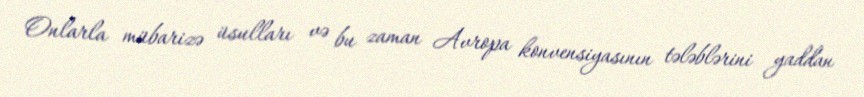
Onlarla mübarizə üsulları və bu zaman Avropa konvensiyasının tələblərini yaddan